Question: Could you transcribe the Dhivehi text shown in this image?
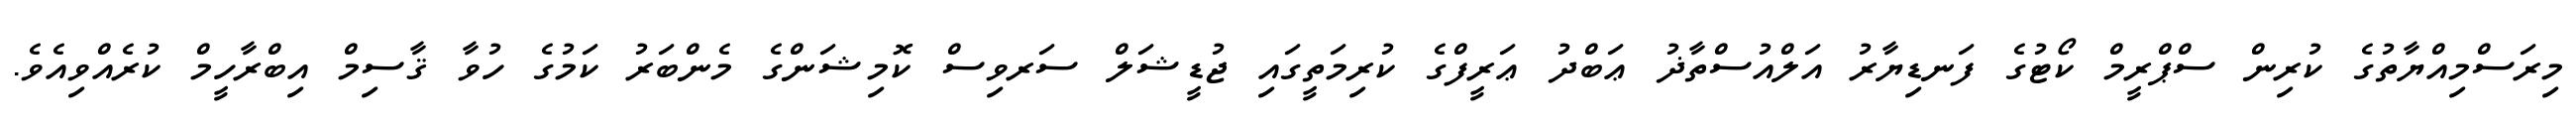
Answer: މިރަސްމިއްޔާތުގެ ކުރިން ސްޕްރީމް ކޯޓުގެ ފަނޑިޔާރު އަލްއުސްތާޛު ޢަބްދު ޢަރީފްގެ ކުރިމަތީގައި ޖުޑީޝަލް ސަރވިސް ކޮމިޝަންގެ މެންބަރު ކަމުގެ ހުވާ ޤާސިމް އިބްރާހީމް ކުރެއްވިއެވެ.